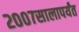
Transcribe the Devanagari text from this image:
२००७सालापर्यंत